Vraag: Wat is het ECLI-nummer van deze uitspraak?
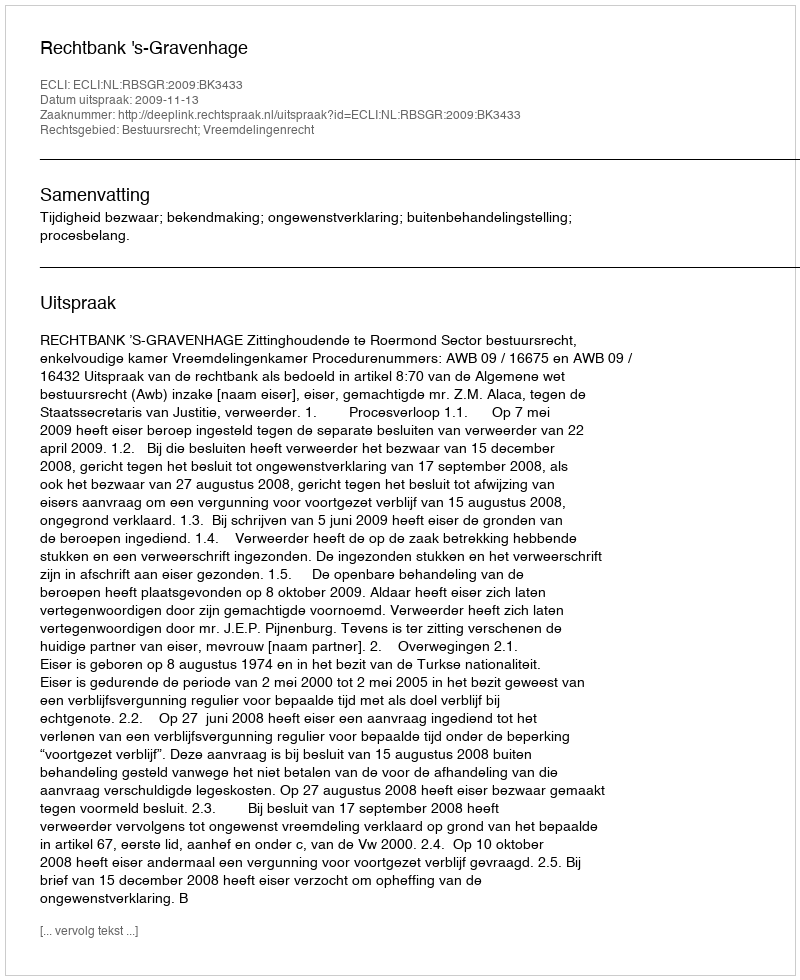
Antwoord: ECLI:NL:RBSGR:2009:BK3433